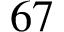
6 7